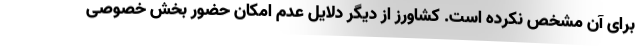
برای آن مشخص نکرده است. کشاورز از دیگر دلایل عدم امکان حضور بخش خصوصی